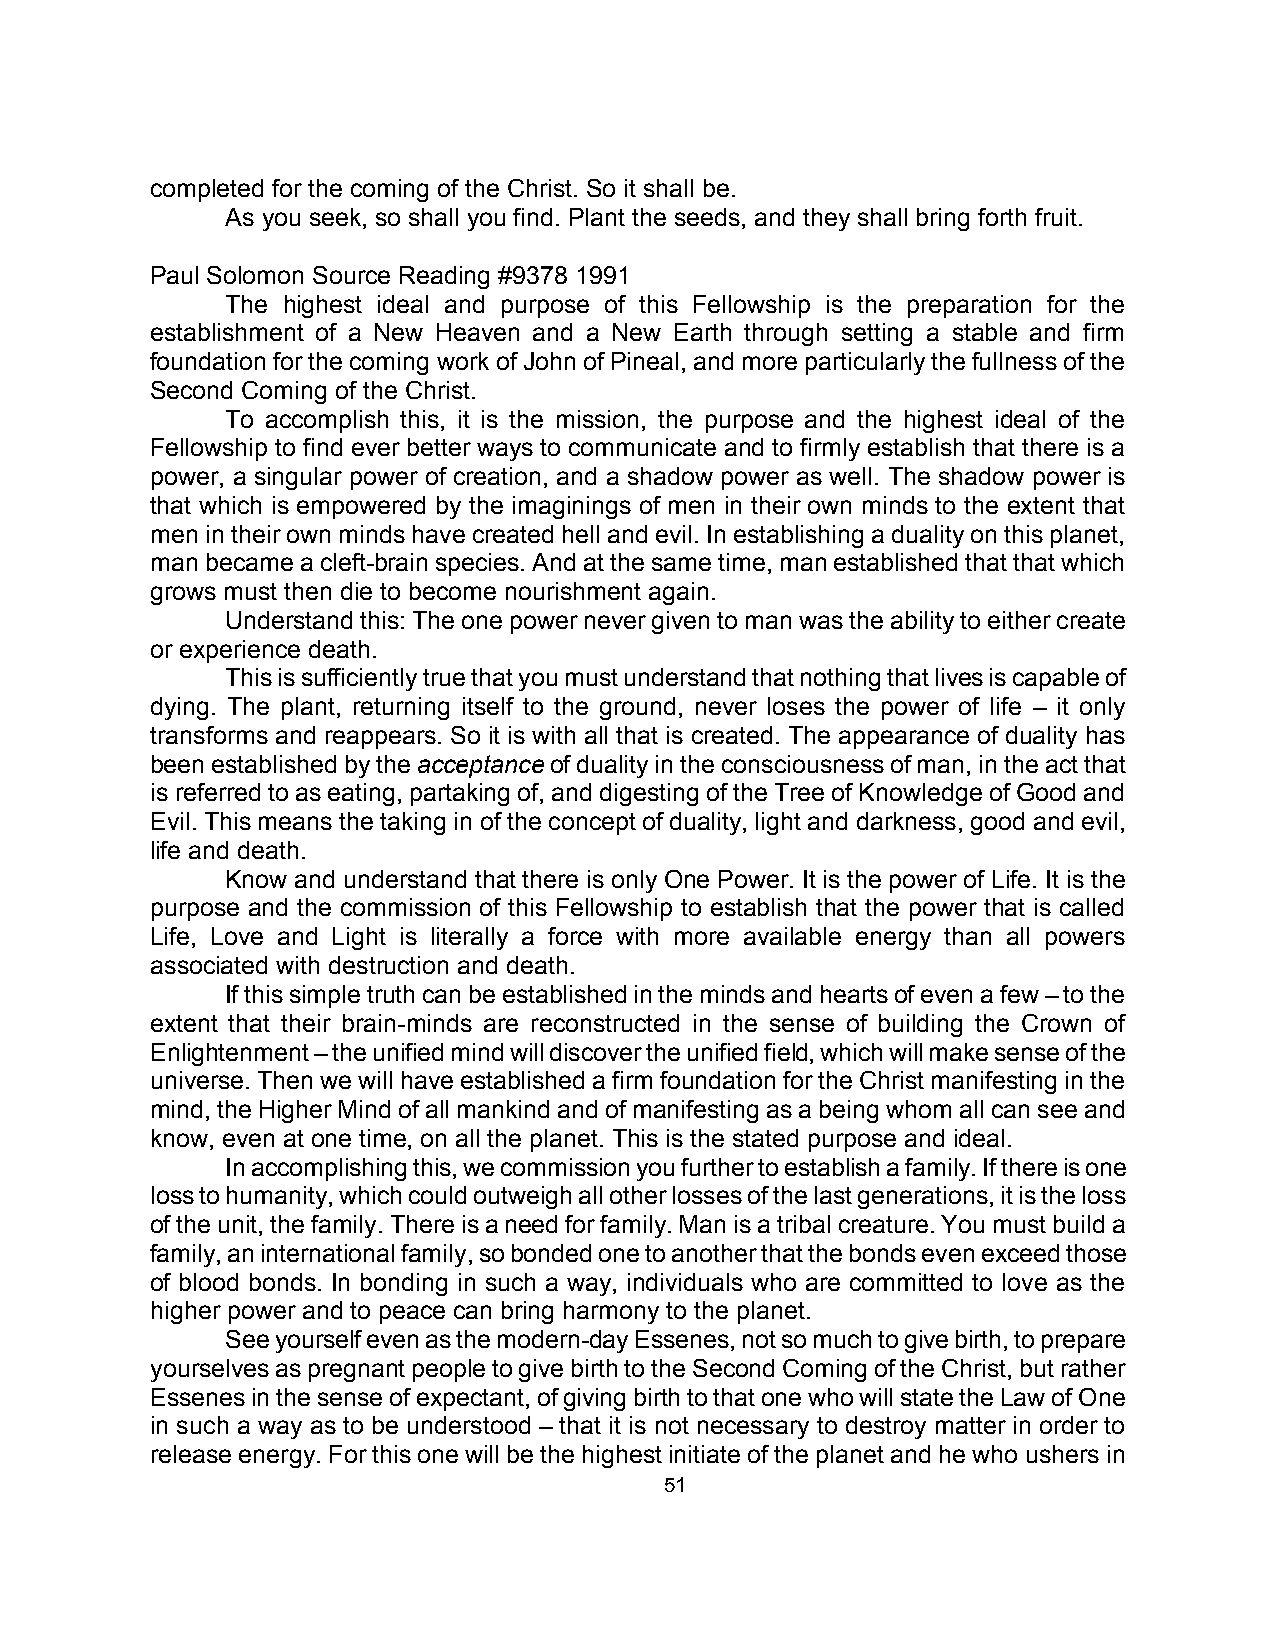
completed for the coming of the Christ. So it shall be.
 As you seek, so shall you find. Plant the seeds, and they shall bring forth fruit.
 Paul Solomon Source Reading #9378 1991
 The highest ideal and purpose of this Fellowship is the preparation for the
 establishment of a New Heaven and a New Earth through setting a stable and firm
 foundation for the coming work of John of Pineal, and more particularly the fullness of the
 Second Coming of the Christ.
 To accomplish this, it is the mission, the purpose and the highest ideal of the
 Fellowship to find ever better ways to communicate and to firmly establish that there is a
 power, a singular power of creation, and a shadow power as well. The shadow power is
 that which is empowered by the imaginings of men in their own minds to the extent that
 men in their own minds have created hell and evil. In establishing a duality on this planet,
 man became a cleft-brain species. And at the same time, man established that that which
 grows must then die to become nourishment again.
 Understand this: The one power never given to man was the ability to either create
 or experience death.
 This is sufficiently true that you must understand that nothing that lives is capable of
 dying. The plant, returning itself to the ground, never loses the power of life – it only
 transforms and reappears. So it is with all that is created. The appearance of duality has
 been established by the acceptance of duality in the consciousness of man, in the act that
 is referred to as eating, partaking of, and digesting of the Tree of Knowledge of Good and
 Evil. This means the taking in of the concept of duality, light and darkness, good and evil,
 life and death.
 Know and understand that there is only One Power. It is the power of Life. It is the
 purpose and the commission of this Fellowship to establish that the power that is called
 Life, Love and Light is literally a force with more available energy than all powers
 associated with destruction and death.
 If this simple truth can be established in the minds and hearts of even a few – to the
 extent that their brain-minds are reconstructed in the sense of building the Crown of
 Enlightenment – the unified mind will discover the unified field, which will make sense of the
 universe. Then we will have established a firm foundation for the Christ manifesting in the
 mind, the Higher Mind of all mankind and of manifesting as a being whom all can see and
 know, even at one time, on all the planet. This is the stated purpose and ideal.
 In accomplishing this, we commission you further to establish a family. If there is one
 loss to humanity, which could outweigh all other losses of the last generations, it is the loss
 of the unit, the family. There is a need for family. Man is a tribal creature. You must build a
 family, an international family, so bonded one to another that the bonds even exceed those
 of blood bonds. In bonding in such a way, individuals who are committed to love as the
 higher power and to peace can bring harmony to the planet.
 See yourself even as the modern-day Essenes, not so much to give birth, to prepare
 yourselves as pregnant people to give birth to the Second Coming of the Christ, but rather
 Essenes in the sense of expectant, of giving birth to that one who will state the Law of One
 in such a way as to be understood – that it is not necessary to destroy matter in order to
 release energy. For this one will be the highest initiate of the planet and he who ushers in
 51